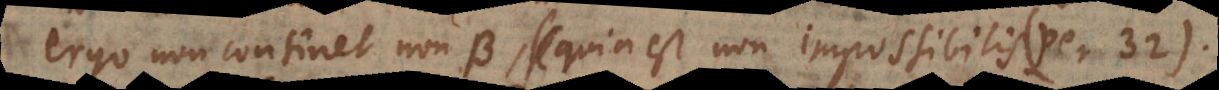
ergo non continet non‐B, quia est non impossibilis (per 32).